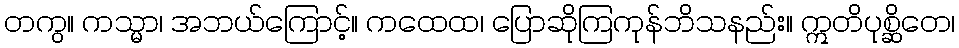
တကွ။ ကသ္မာ၊ အဘယ်ကြောင့်။ ကထေထ၊ ပြောဆိုကြကုန်ဘိသနည်း။ ဣတိပုစ္ဆိတေ၊